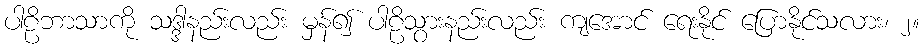
ပါဠိဘာသာကို သဒ္ဒါနည်းလည်း မှန်၍ ပါဠိသွားနည်းလည်း ကျအောင် ရေးနိုင် ပြောနိုင်သလား၊ ၂။